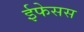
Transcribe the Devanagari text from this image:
ईफेसस